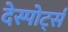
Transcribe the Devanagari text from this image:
देस्पोर्ट्स